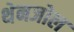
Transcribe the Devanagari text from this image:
थेनजोल